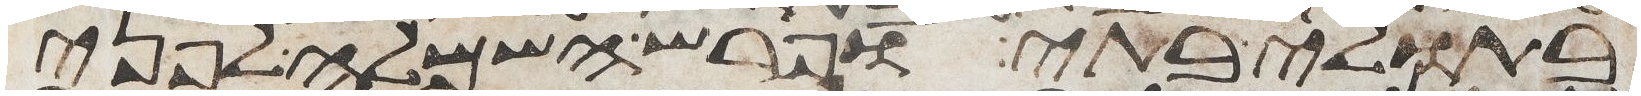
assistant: בתולי בתי ופרש השמלה לפני